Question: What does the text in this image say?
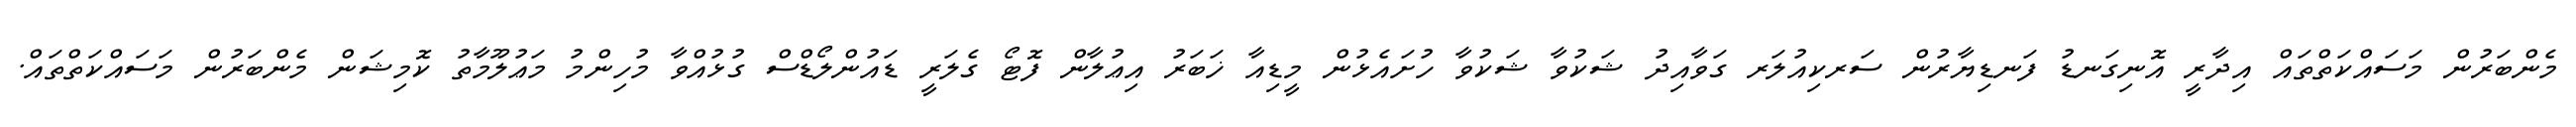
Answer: މެންބަރުން މަސައްކަތްތައް އިދާރީ އޮނިގަނޑު ފަނޑިޔާރުން ސަރކިއުލަރ ގަވާއިދު ޝަކުވާ ޝަކުވާ ހުށައެޅުން މީޑިއާ ޚަބަރު އިޢުލާން ފޮޓޯ ގެލަރީ ޑައުންލޯޑްސް ގުޅުއްވާ މުހިންމު މަޢުލޫމާތު ކޮމިޝަން މެންބަރުން މަސައްކަތްތައް.